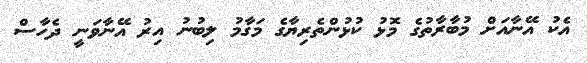
އެކު އޭނާއަށް މުބާރާތުގެ މޮޅު ކުޅުންތެރިޔާގެ މަގާމު ލިބުނު އިރު އޭނާވަނީ ދެހާސް